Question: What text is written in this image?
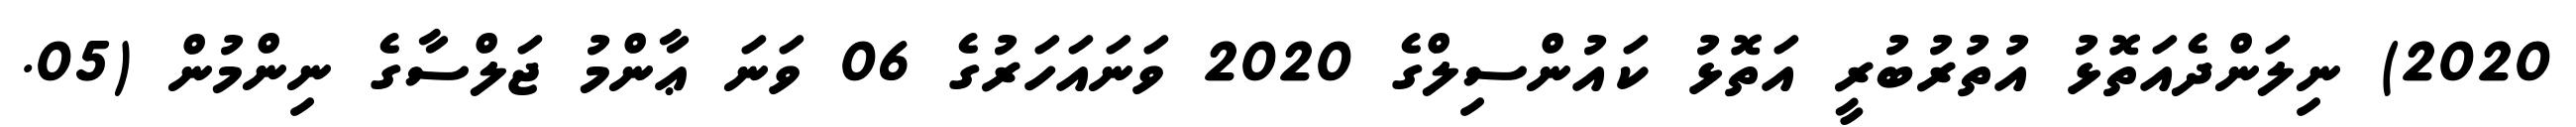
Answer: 2020) ނިލަންދެއަތޮޅު އުތުރުބުރީ އަތޮޅު ކައުންސިލްގެ 2020 ވަނައަހަރުގެ 06 ވަނަ ޢާންމު ޖަލްސާގެ ނިންމުން (05.